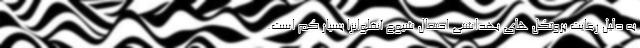
به دلیل رعایت پروتکل های بهداشتی احتمال شیوع آنفلوانزا بسیار کم است.